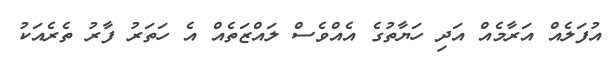
އުފަލެއް އަރާމެއް އަދި ހަޔާތުގެ އެއްވެސް ލައްޒަތެއް އެ ހަތަރު ފާރު ތެރެއަކު